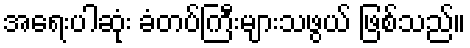
အရေးပါဆုံး ခံတပ်ကြီးများသဖွယ် ဖြစ်သည်။